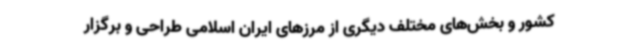
کشور و بخش‌های مختلف دیگری از مرزهای ایران اسلامی طراحی و برگزار